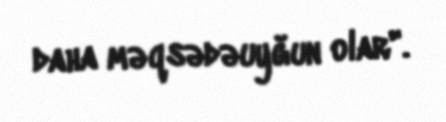
daha məqsədəuyğun olar".